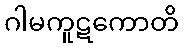
ဂါမကူဋကောတိ